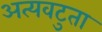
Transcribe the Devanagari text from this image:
अत्यवटुता